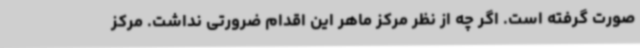
صورت گرفته است. اگر چه از نظر مرکز ماهر این اقدام ضرورتی نداشت. مرکز